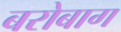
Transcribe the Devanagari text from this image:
बरोबाग